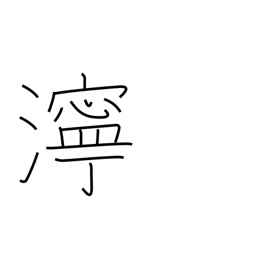
Meaning: muddiness